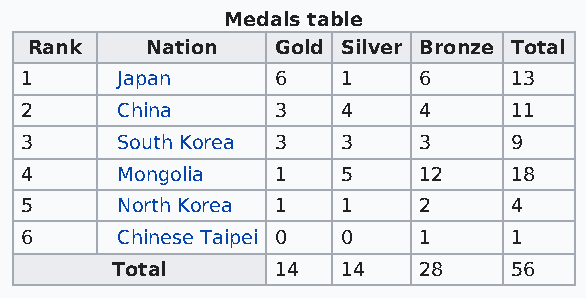
Medals table
 Rank    Nation  Gold Silver Bronze Total
 1      Japan     6    1    6     13
 2      China     3    4    4     11
 3      South Korea 3  3    3     9
 4      Mongolia  1    5    12    18
 5      North Korea 1  1    2     4
 6      Chinese Taipei 0 0  1     1
 Total      14   14   28    56